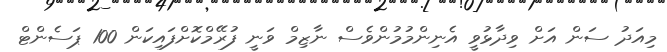
މިއަދު ސަން އަށް ވިދާޅުވީ އެނިންމުމުންވެސް ނާޒިމް ވަނީ ފުރޭމްކޮށްފައިކަން 100 ޕަސެންޓް